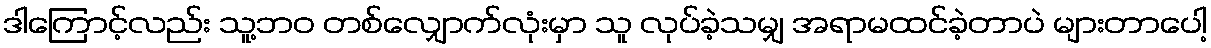
ဒါကြောင့်လည်း သူ့ဘဝ တစ်လျှောက်လုံးမှာ သူ လုပ်ခဲ့သမျှ အရာမထင်ခဲ့တာပဲ များတာပေါ့